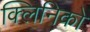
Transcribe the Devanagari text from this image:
क्लिनिको